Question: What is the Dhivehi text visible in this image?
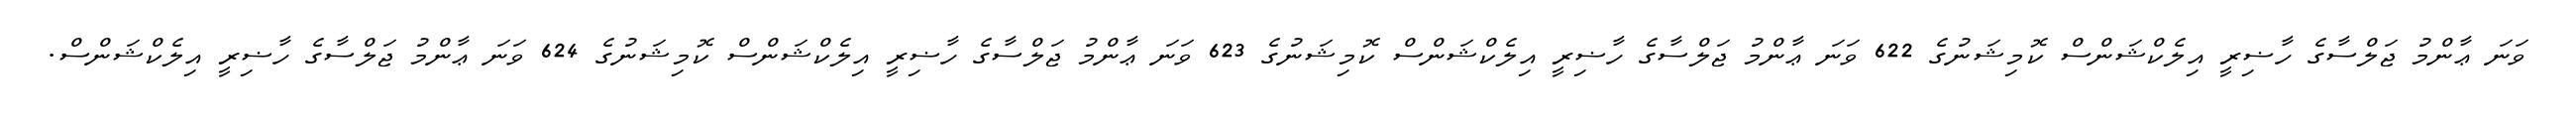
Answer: ވަނަ ޢާންމު ޖަލްސާގެ ހާޟިރީ އިލެކްޝަންސް ކޮމިޝަނުގެ 622 ވަނަ ޢާންމު ޖަލްސާގެ ހާޟިރީ އިލެކްޝަންސް ކޮމިޝަނުގެ 623 ވަނަ ޢާންމު ޖަލްސާގެ ހާޟިރީ އިލެކްޝަންސް ކޮމިޝަނުގެ 624 ވަނަ ޢާންމު ޖަލްސާގެ ހާޟިރީ އިލެކްޝަންސް.